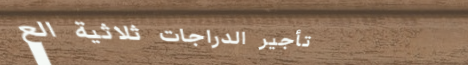
تأجير الدراجات ثلاثية الع